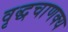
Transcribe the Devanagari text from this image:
वृद्धचाणक्य